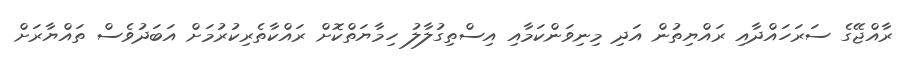
ރާއްޖޭގެ ސަރަހައްދާއި ރައްޔިތުން އަދި މިނިވަންކަމާއި އިސްތިގުލާލު ހިމާޔަތްކޮށް ރައްކާތެރިކުރުމަށް އަބަދުވެސް ތައްޔާރަށް